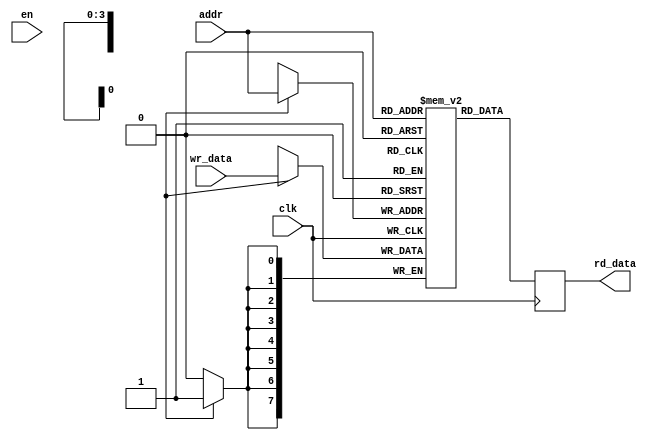
module sram #(parameter DATA_SIZE=8,parameter ADDR_SIZE=4)
(input clk,en, input [DATA_SIZE-1:0] wr_data,
input [ADDR_SIZE-1:0] addr,
output reg [DATA_SIZE-1:0] rd_data);

reg [DATA_SIZE-1:0] mem [2**ADDR_SIZE-1:0];

always @(posedge clk) begin
    rd_data<=mem[addr];  
	if(wr_en)
        mem[addr]<=wr_data;
end

always @* begin
    
end

endmodule